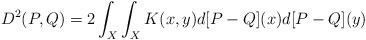
LaTeX: \begin{align*}D^{2}(P,Q)= 2\int_{X}\int_{X}K(x,y)d[P- Q](x)d[P-Q](y)\end{align*}